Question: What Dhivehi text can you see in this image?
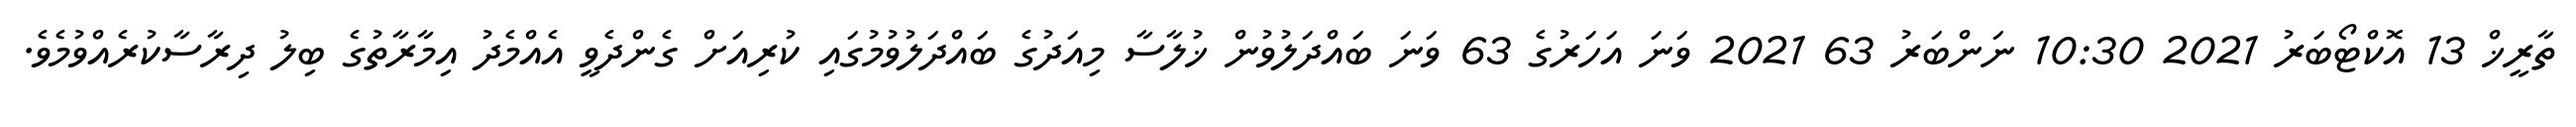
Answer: ތާރީޚް 13 އޮކްޓޯބަރު 2021 10:30 ނަންބަރު 63 2021 ވަނަ އަހަރުގެ 63 ވަނަ ބައްދަލުވުން ޚުލާސާ މިއަދުގެ ބައްދަލުވުމުގައި ކުރިއަށް ގެންދެވީ އެއްމެދު އިމާރާތުގެ ބިލު ދިރާސާކުރެއްވުމެވެ.